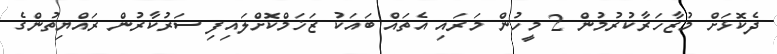
ދެކޮޅަށް މުޒާހަރާކުރުމުން 2 މީހުން މަރައި އެތައް ބައަކު ޒަޚަމްކޮށްލައިފި ސަރުކާރުން ރައްޔިތުންގެ